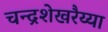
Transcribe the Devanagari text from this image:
चन्द्रशेखरैय्या